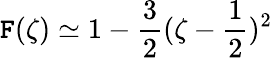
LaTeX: \mathtt{F}(\zeta)\simeq1-\frac{{3}}{{2}}(\zeta-\frac{{1}}{{2}})^{2}